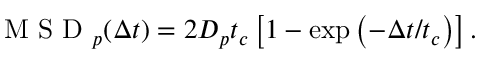
\begin{array} { r } { \mathrm { ~ M ~ S ~ D ~ } _ { p } ( \Delta t ) = 2 D _ { p } t _ { c } \left[ 1 - \exp \left( - \Delta t / t _ { c } \right) \right] . } \end{array}